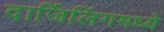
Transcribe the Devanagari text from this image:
दार्जिलिंगमध्ये